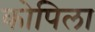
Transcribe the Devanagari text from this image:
कोपिला